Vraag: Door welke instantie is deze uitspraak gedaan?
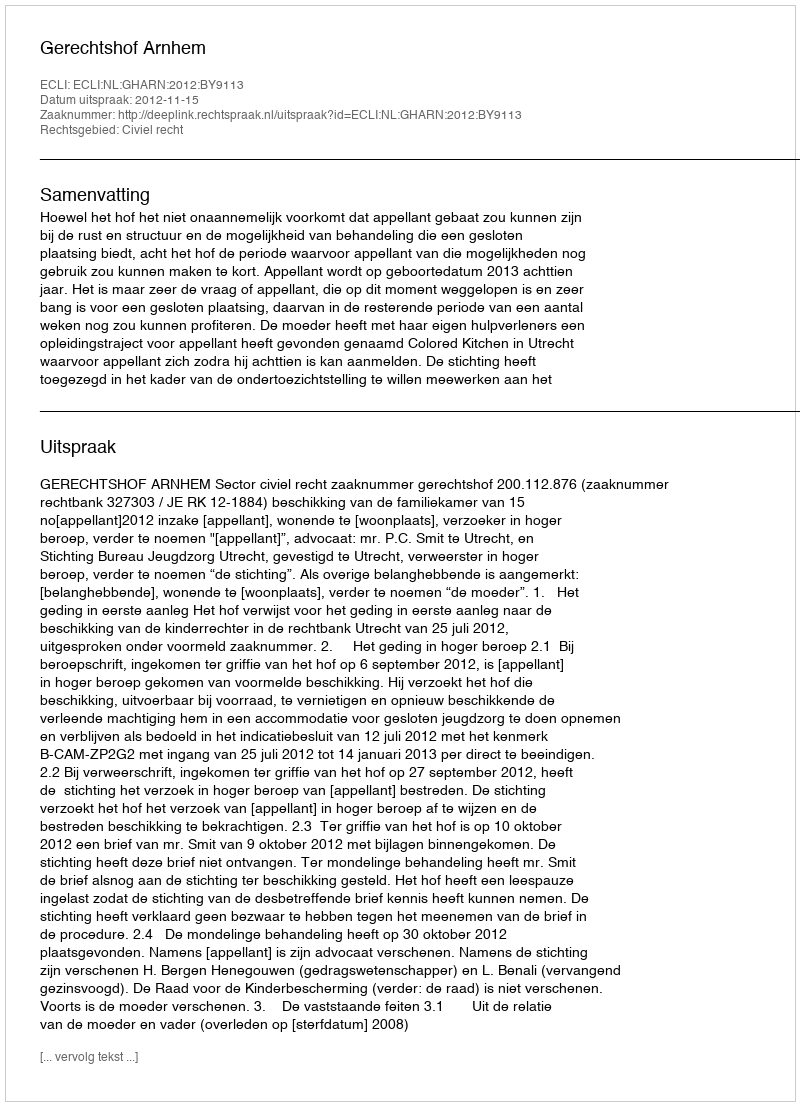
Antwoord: Gerechtshof Arnhem